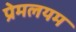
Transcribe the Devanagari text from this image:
प्रेमलयम